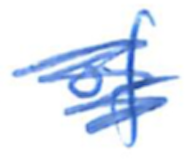
Text: of
Cross-out: scratch
Writing tool: ballpoint